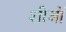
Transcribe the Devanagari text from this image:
शीओं